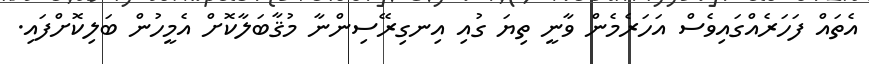
އެތައް ފަހަރެއްގައިވެސް އަހަރެމެން ވާނީ ތިޔަ ގުއި އިނގިރޭސިންނާ މުޤާބަލާކޮށް އެމީހުން ބަލިކޮށްފައި.